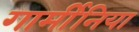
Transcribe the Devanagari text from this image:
गार्मीनिया